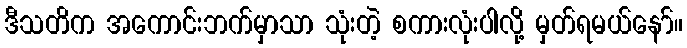
ဒီသတိက အကောင်းဘက်မှာသာ သုံးတဲ့ စကားလုံးပါလို့ မှတ်ရမယ်နော်။